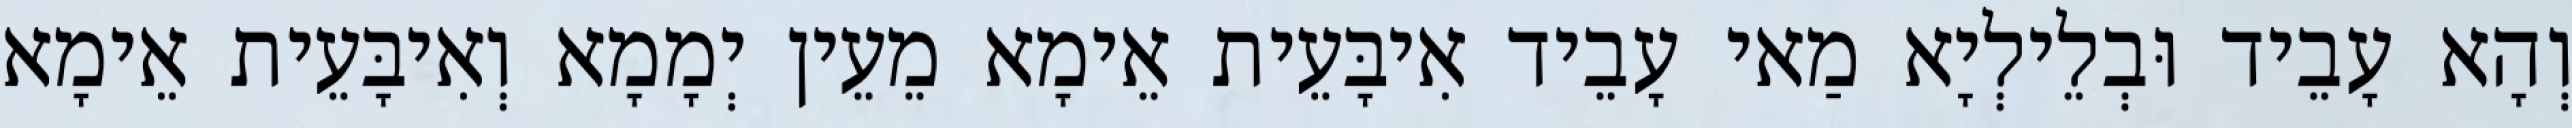
וְהָא עָבֵיד וּבְלֵילְיָא מַאי עָבֵיד אִיבָּעֵית אֵימָא מֵעֵין יְמָמָא וְאִיבָּעֵית אֵימָא